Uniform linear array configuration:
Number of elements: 8
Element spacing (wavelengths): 0.25
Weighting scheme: uniform
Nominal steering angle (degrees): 60
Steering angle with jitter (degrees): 58.143
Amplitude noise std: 0.05
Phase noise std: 0.05

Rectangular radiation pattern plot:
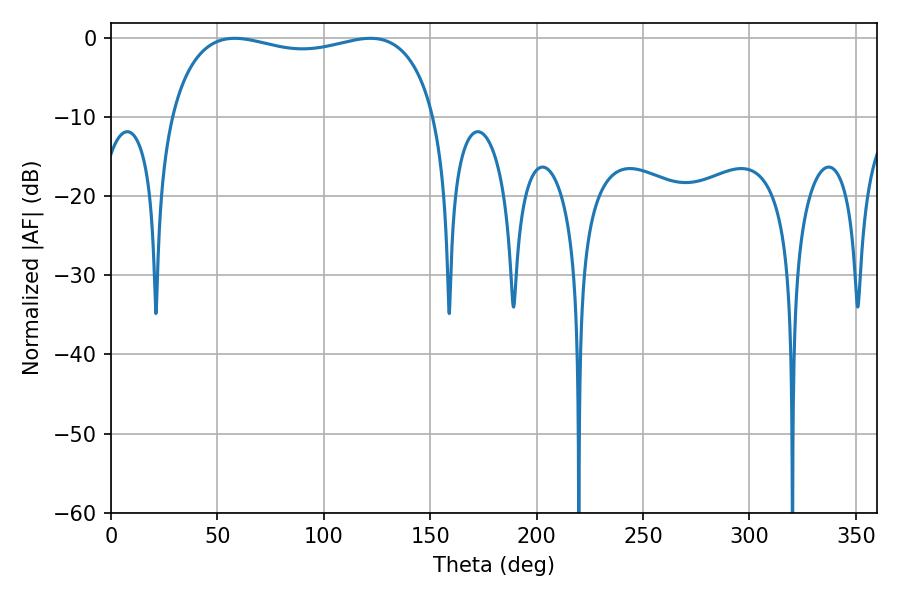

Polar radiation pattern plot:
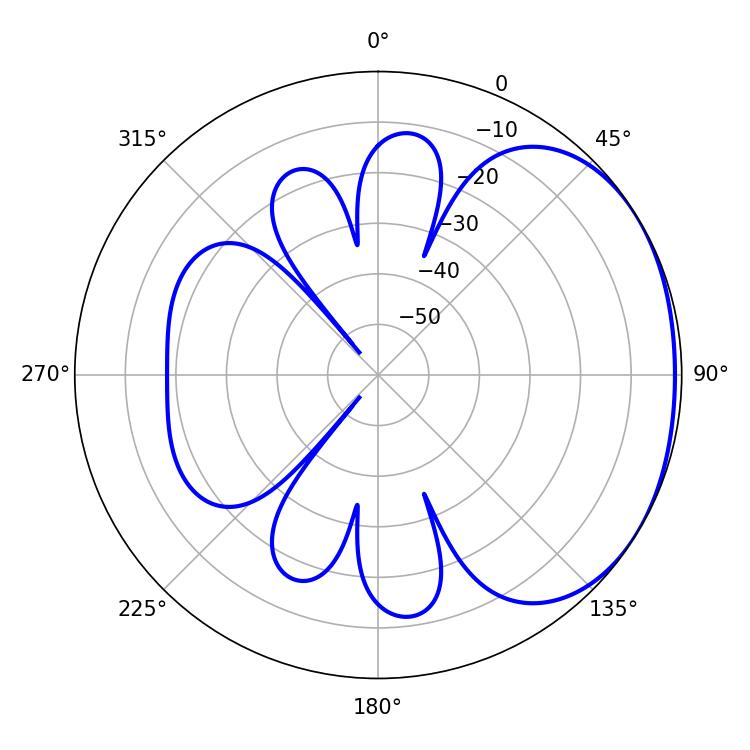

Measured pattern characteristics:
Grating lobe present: FALSE
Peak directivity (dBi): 1.686
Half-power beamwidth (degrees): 101.88
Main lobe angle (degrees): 58.14